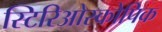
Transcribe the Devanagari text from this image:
स्टिरिओस्कोपिक